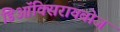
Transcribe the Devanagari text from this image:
डिऑक्सिरायबोज